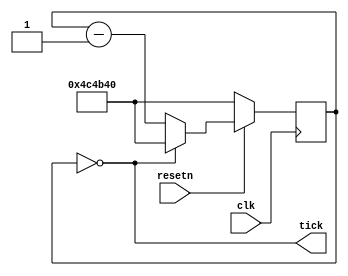
module hundredMsTick (
		      input wire  clk,
		      input wire  resetn,
		      output wire tick
		      );
   reg [31:0] 			  timer;
   always @(posedge clk) begin
      if (!resetn) begin
         timer <= 5000000;
      end else begin
         if (timer == 0) begin
            timer <= 5000000;
         end else begin
            timer <= timer - 1;
         end
      end
   end
   assign tick = (timer == 0);
endmodule